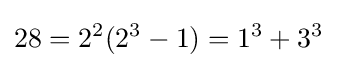
28=2^{2}(2^{3}-1)=1^{3}+3^{3}